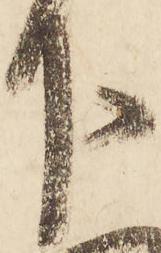
下